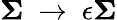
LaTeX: \mathbf{\Sigma}\ \to\ \epsilon\mathbf{\Sigma}